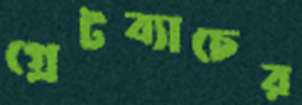
গ্রেটব্যাচের